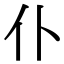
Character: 仆